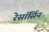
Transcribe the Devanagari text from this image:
रेसॉर्सिन